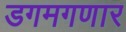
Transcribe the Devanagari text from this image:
डगमगणार